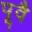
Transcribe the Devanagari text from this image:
पूवै